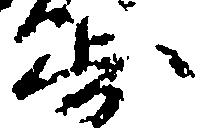
歩